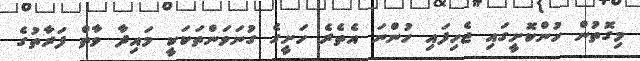
މިގޮތުން ހުންކޮށީގައި ޖެހިފައި ހުންނަ އެތެރެ ހަށީގެ ގުނަވަންތަކަކީ މައިދާ ވާތް ފަރާތުގެ